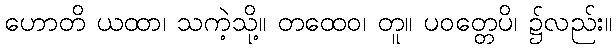
ဟောတိ ယထာ၊ သကဲ့သို့။ တထေဝ၊ တူ။ ပဝတ္တေပိ၊ ၌လည်း။